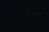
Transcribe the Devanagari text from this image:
हुँस्न्गी